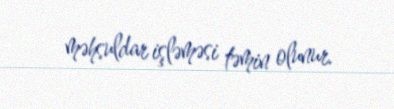
məhsuldar işləməsi təmin olunur.